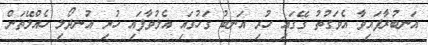
އަނބުރާފައިވާ އެވަގުތު ގޭގައި ހުރި އަނބު ގަހުގައި އެލުވާފައި ހުރި އުނދޯލި ހެއްލޭތަން